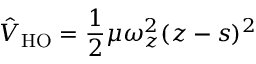
\hat { V } _ { \mathrm { { H O } } } = \frac { 1 } { 2 } \mu \omega _ { z } ^ { 2 } ( z - s ) ^ { 2 }